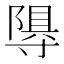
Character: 𭔽